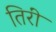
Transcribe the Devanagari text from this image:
तिरीं